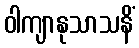
ဝါကျာနုသာသနိံ